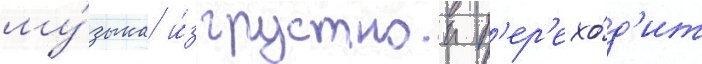
му́зыка и́з грустнои п'ер'ехо́д'ит